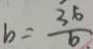
b = \frac { 3 6 } { 6 }